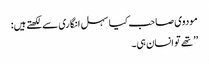
مودوی صاحب کیا سہل انگاری سےلکھتےہیں:
’’تھے تو انسان ہی۔